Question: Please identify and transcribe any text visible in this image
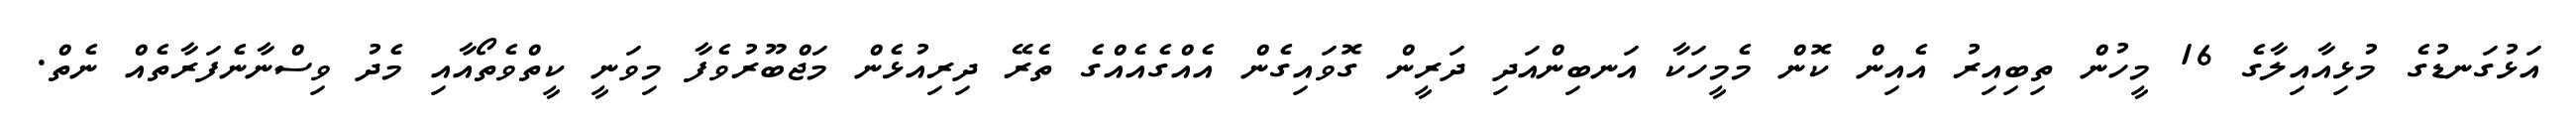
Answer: އަޅުގަނޑުގެ މުޅިއާއިލާގެ 16 މީހުން ތިބިއިރު އެއިން ކޮން މެމީހަކާ އަނބިންއަދި ދަރީން ގޮވައިގެން އެއްގެއެއްގެ ތެރޭ ދިރިއުޅެން މަޖްބޫރުވެފާ މިވަނީ ކީތްވެތޯއާއި މެދު ވިސްނާނެފަރާތެއް ނެތް.